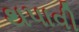
થપાવી